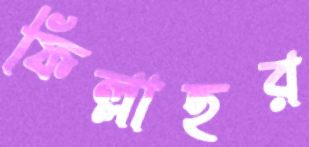
ফিল্লাহর